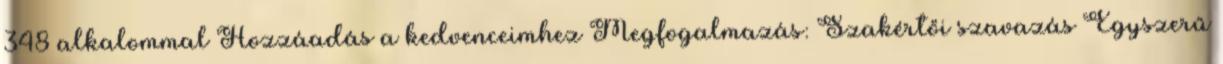
348 alkalommal Hozzáadás a kedvenceimhez Megfogalmazás: Szakértői szavazás Egyszerű